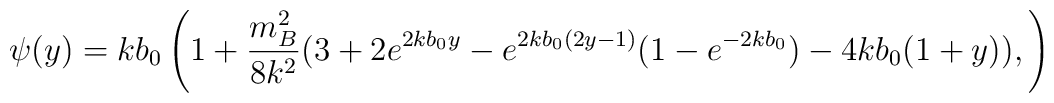
\psi(y)=kb_0 \left(1+ \frac{m_B^2}{8 k^2}(3+2e^{2kb_0y}-e^{2kb_0(2y-1)}(1-e^{-2kb_0})-4kb_0(1+y)), \right)